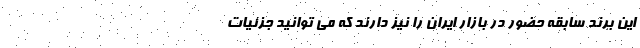
این برند سابقه حضور در بازار ایران را نیز دارند که می توانید جزئیات